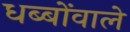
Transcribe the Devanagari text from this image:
धब्बोंवाले